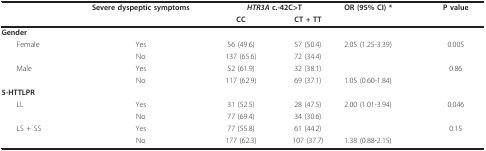
|  | Severe dyspeptic symptoms | <COLSPAN=2> HTR3A c.-42C>T | OR (95% CI) * | P value |
 |  |  | CC | CT + TT |  |  |
 | --- | --- | --- | --- | --- | --- |
 | Gender |  |  |  |  |  |
 | Female | Yes | 56 (49.6) | 57 (50.4) | 2.05 (1.25-3.39) | 0.005 |
 |  | No | 137 (65.6) | 72 (34.4) |  |  |
 | Male | Yes | 52 (61.9) | 32 (38.1) |  | 0.86 |
 |  | No | 117 (62.9) | 69 (37.1) | 1.05 (0.60-1.84) |  |
 | 5-HTTLPR |  |  |  |  |  |
 | LL | Yes | 31 (52.5) | 28 (47.5) | 2.00 (1.01-3.94) | 0.046 |
 |  | No | 77 (69.4) | 34 (30.6) |  |  |
 | LS + SS | Yes | 77 (55.8) | 61 (44.2) |  | 0.15 |
 |  | No | 177 (62.3) | 107 (37.7) | 1.38 (0.88-2.15) |  |